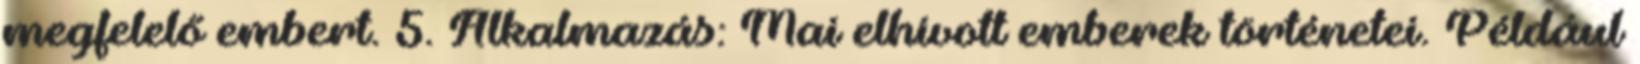
megfelelő embert. 5. Alkalmazás: Mai elhívott emberek történetei. Például